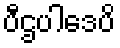
ပီဌပါဒေပိ